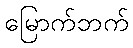
မြောက်ဘက်